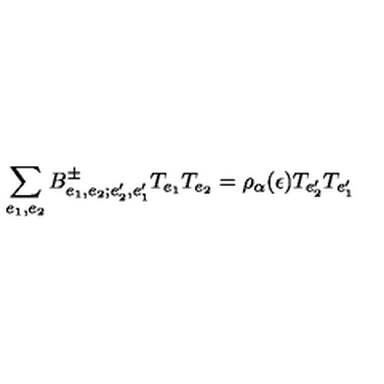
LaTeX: \sum _ { e _ { 1 } , e _ { 2 } } B _ { e _ { 1 } , e _ { 2 } ; e _ { 2 } ^ { \prime } , e _ { 1 } ^ { \prime } } ^ { \pm } T _ { e _ { 1 } } T _ { e _ { 2 } } = \rho _ { \alpha } ( \epsilon ) T _ { e _ { 2 } ^ { \prime } } T _ { e _ { 1 } ^ { \prime } }